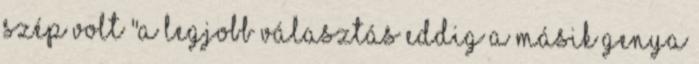
Szép volt "A legjobb választás eddig a másik genya